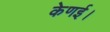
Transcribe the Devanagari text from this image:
केणई।